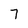
Character: 7